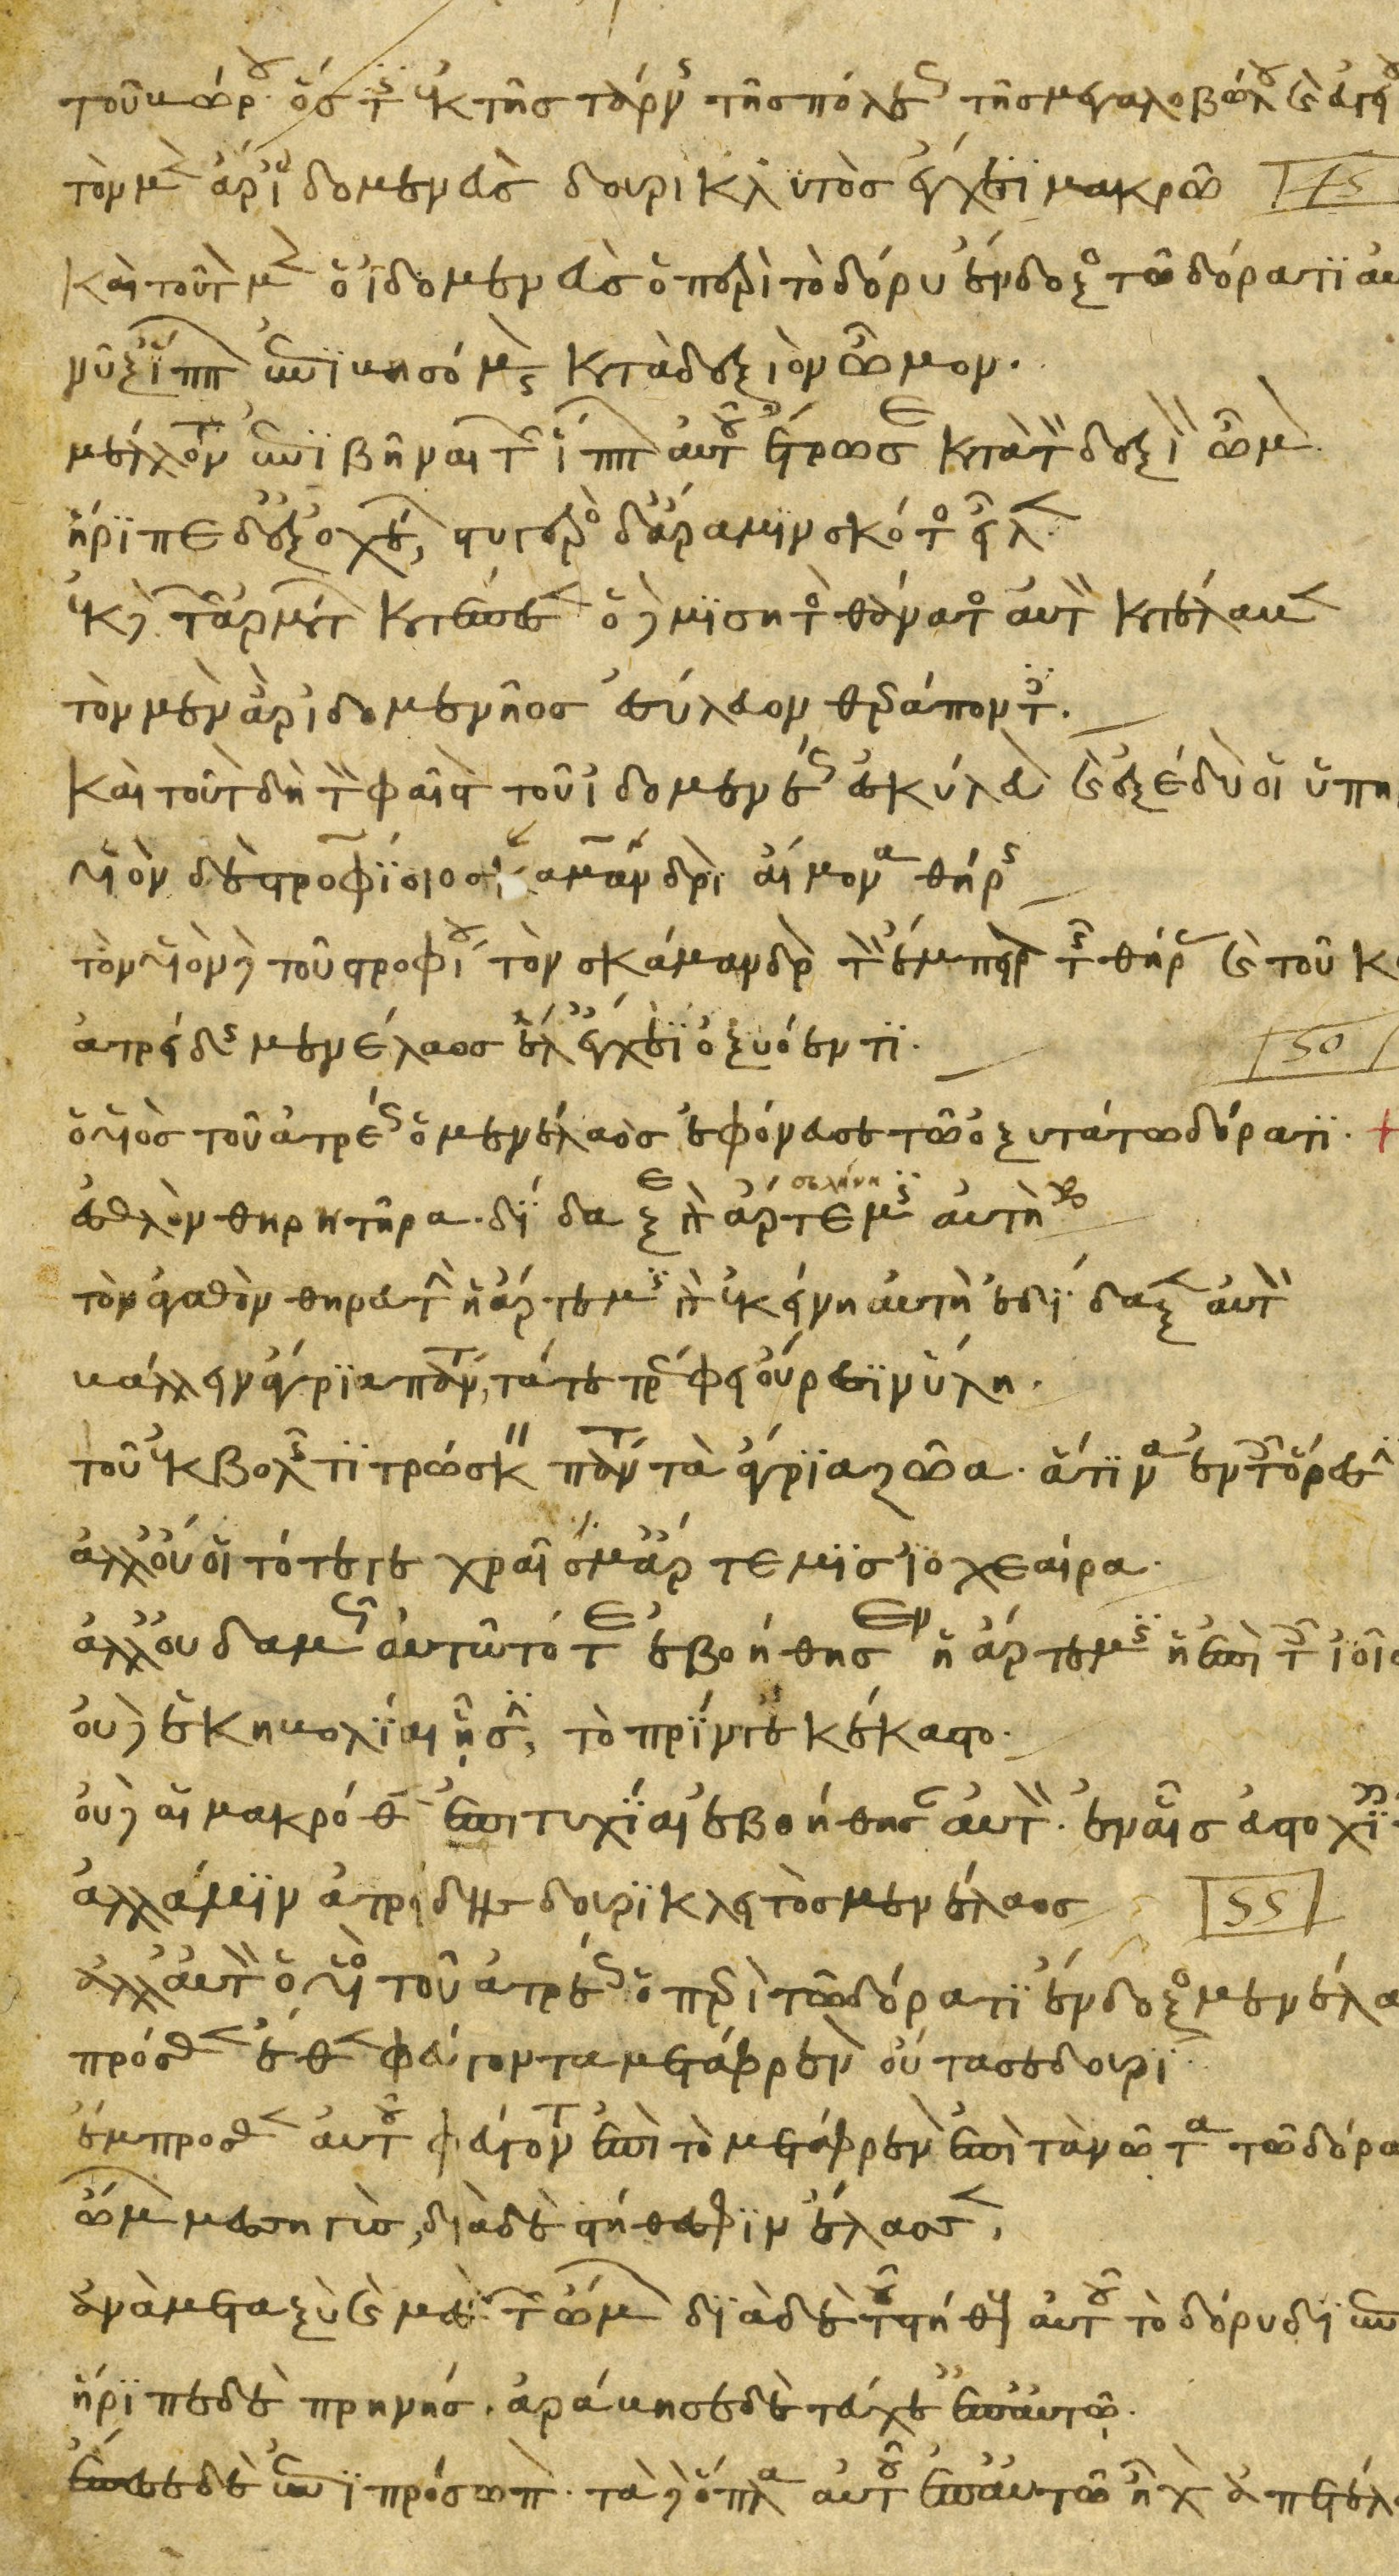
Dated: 1200–1299